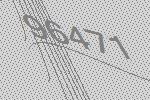
96471